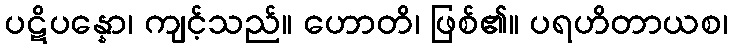
ပဋိပန္နော၊ ကျင့်သည်။ ဟောတိ၊ ဖြစ်၏။ ပရဟိတာယစ၊